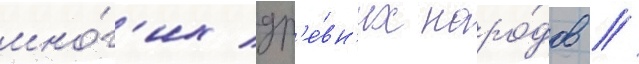
мно́г'их др'е́вн'их наро́дов //